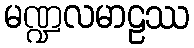
မဏ္ဍလမာဠဿ